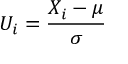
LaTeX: U _ { i } = { \frac { X _ { i } - \mu } { \sigma } }